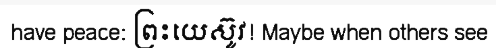
have peace: ព្រះយេស៊ូវ! Maybe when others see